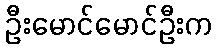
ဦးမောင်မောင်ဦးက